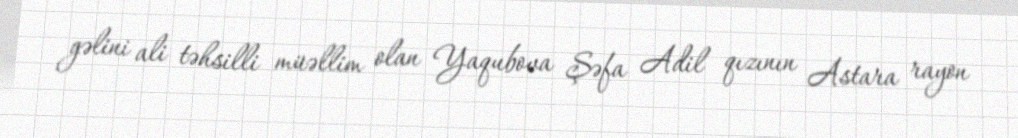
gəlini ali təhsilli müəllim olan Yaqubova Şəfa Adil qızının Astara rayon